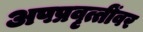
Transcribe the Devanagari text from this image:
अपप्रवृत्तींवर